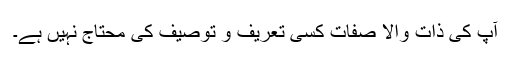
آپؓ کی ذاتِ والا صفات کسی تعریف و توصیف کی محتاج نہیں ہے۔